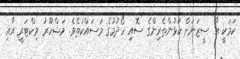
ކަމަކީ އާ ސީޒަނަށް ކުޅުންތެރިންގެ ސޮއި ހޯދުމުގެ މަސައްކަތެވެ. މަޝްހޫރު ވިކްޓަރީ އާއި